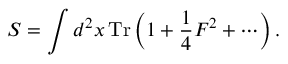
S = \int d ^ { 2 } x \, \mathrm { T r } \left( 1 + \frac { 1 } { 4 } F ^ { 2 } + \cdots \right) .